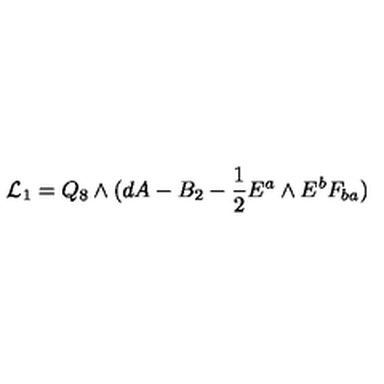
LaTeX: { \cal { L } } _ { 1 } = Q _ { 8 } \wedge ( d A - B _ { 2 } - { \frac { 1 } { 2 } } E ^ { a } \wedge E ^ { b } F _ { b a } )